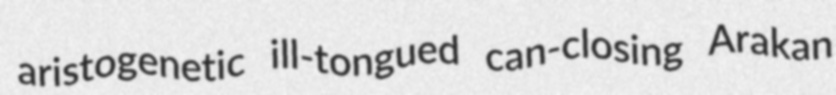
aristogenetic ill-tongued can-closing Arakan